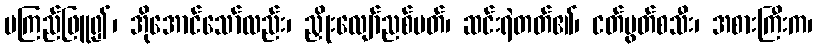
မကြည်ဖြူ၍၊ အိုအောင်သော်လည်း၊ ညှိုးလျော်ညစ်ပတ်၊ ဆင်းရဲတတ်၏၊ ငတ်မွတ်စသီး၊ အစားကြီးက၊